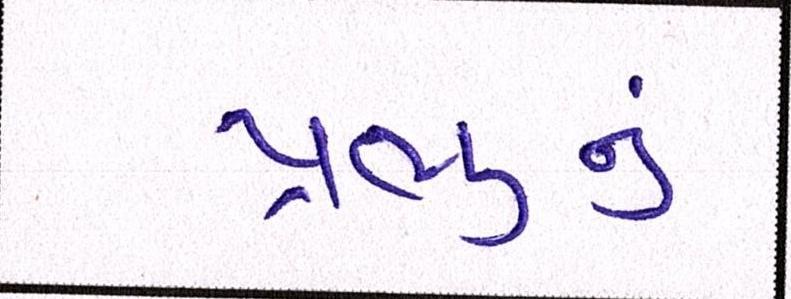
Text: પ્રભુનું